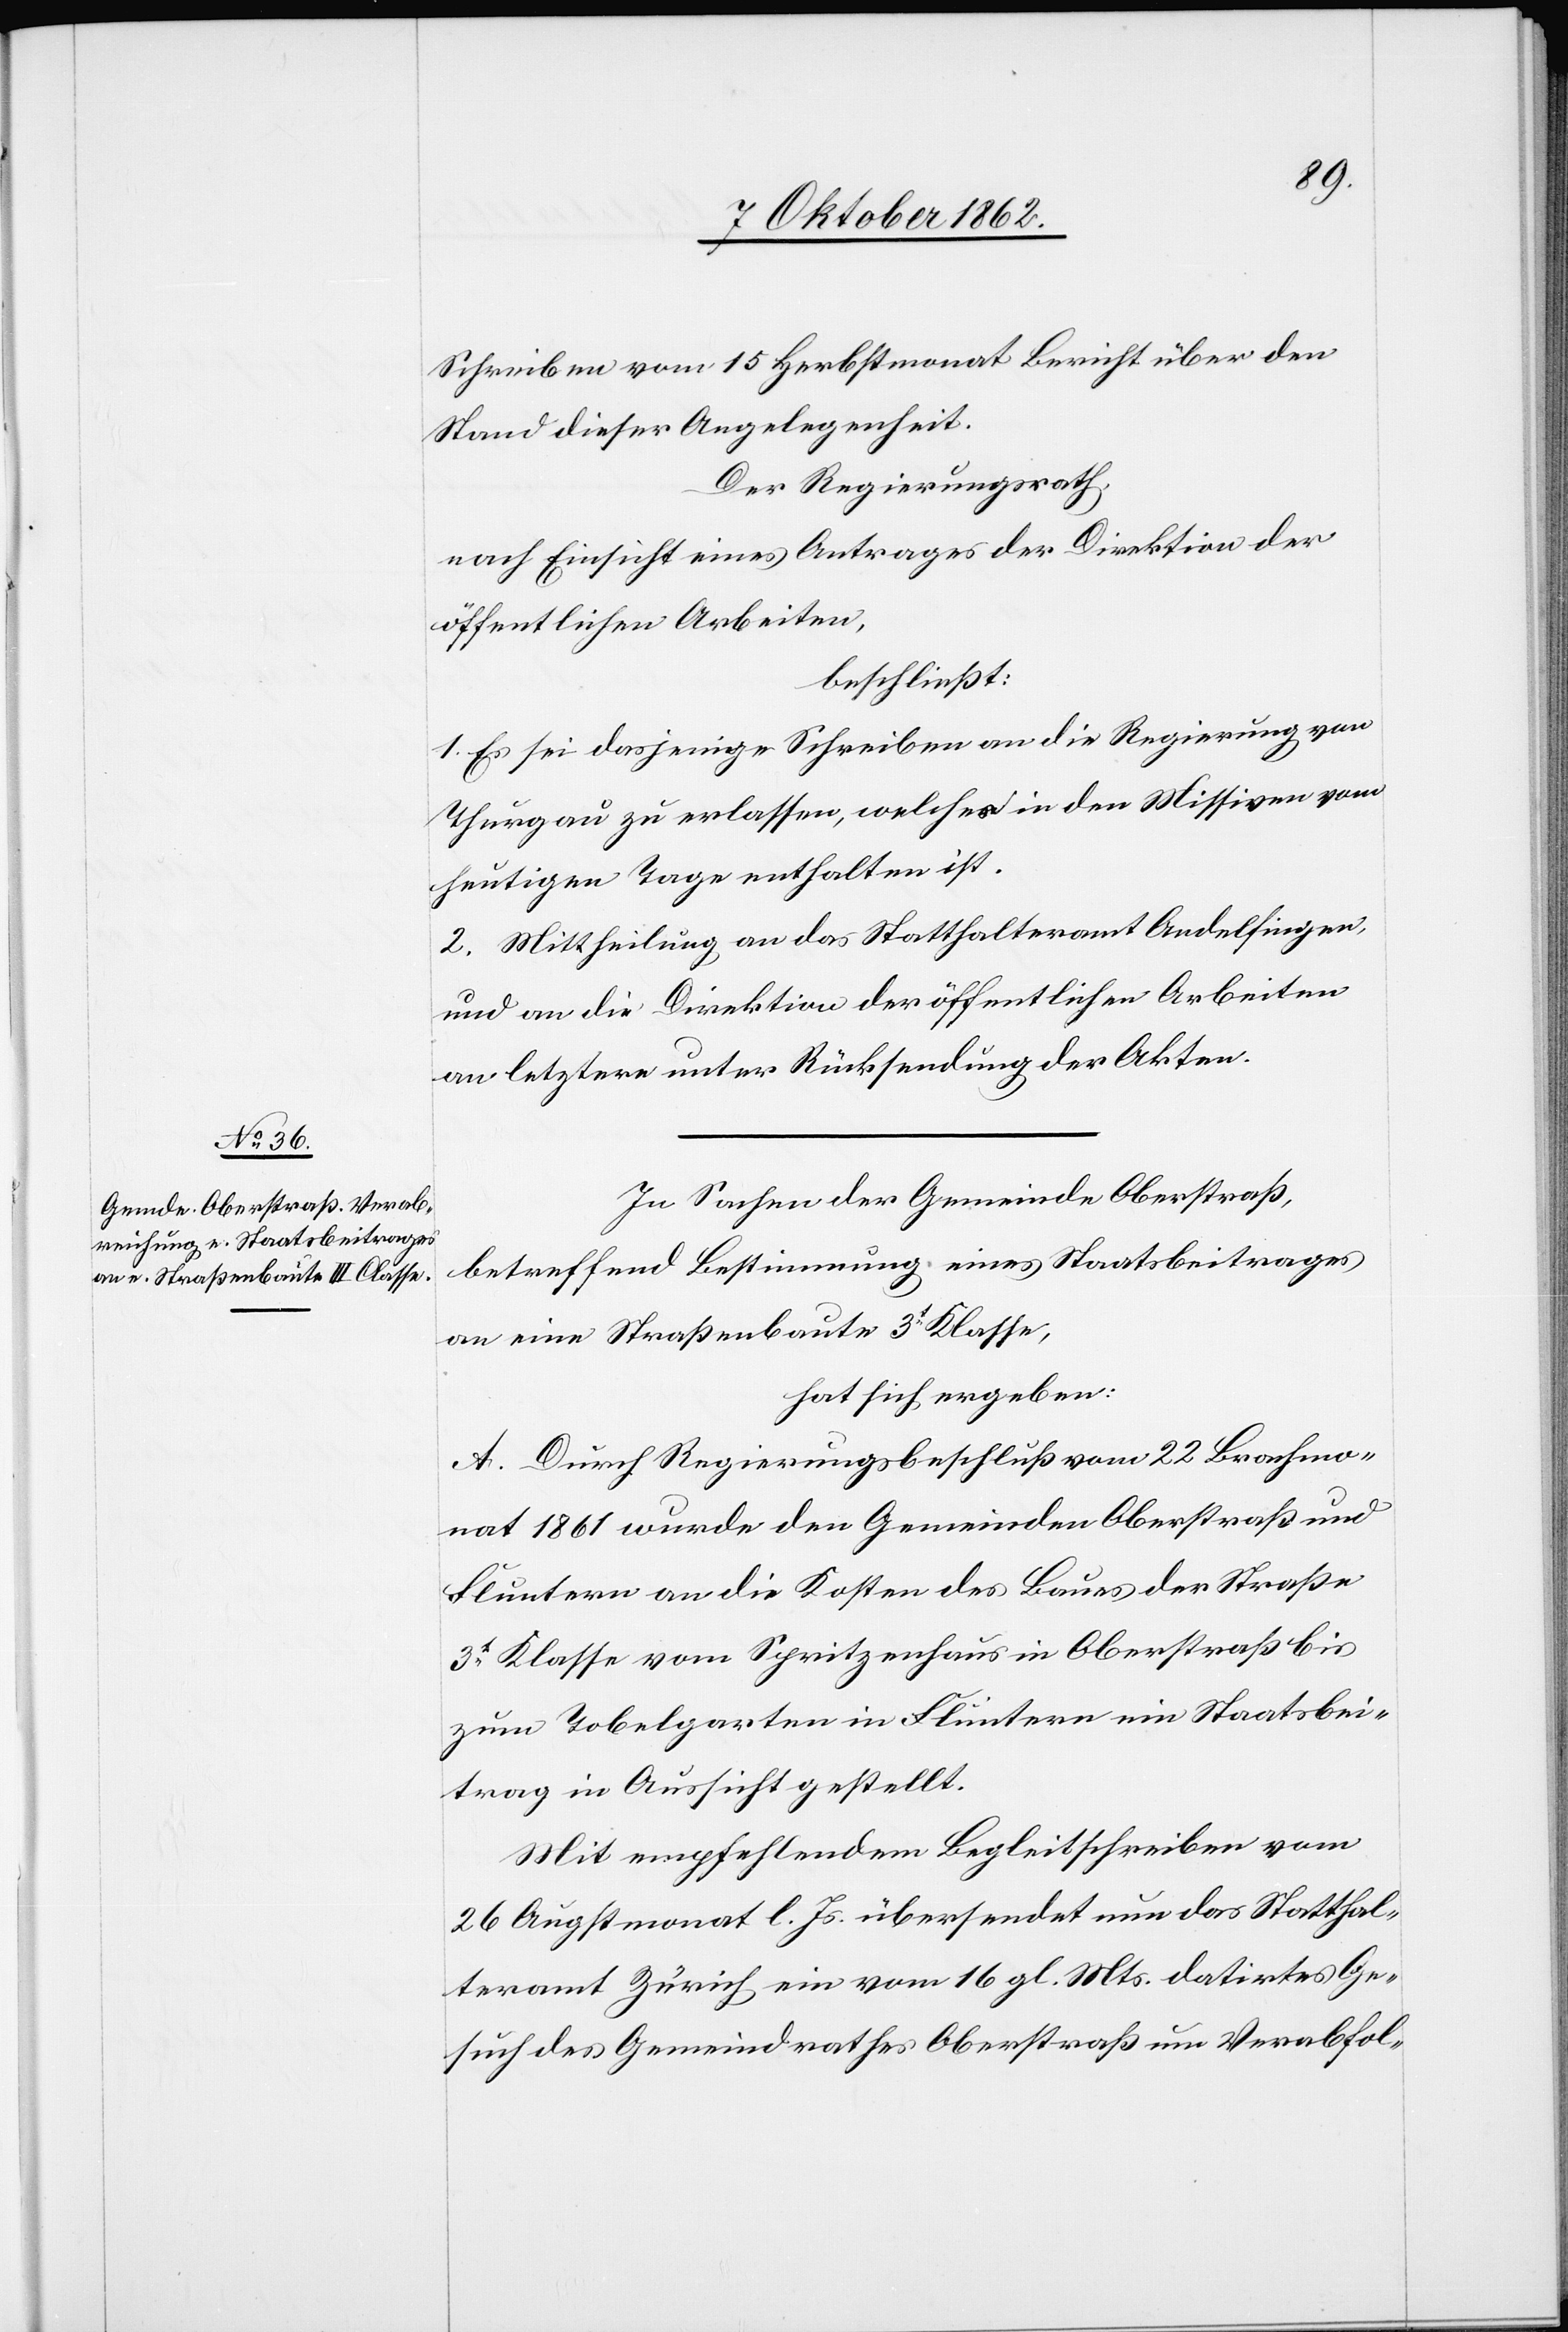
Schreiben vom 15. Herbstmonat Bericht über den
Stand dieser Angelegenheit.
Der Regierungsrath,
nach Einsicht eines Antrages der Direktion der
öffentlichen Arbeiten,
beschließt:
1. Es sei dasjenige Schreiben an die Regierung von
Thurgau zu erlassen, welches in den Missiven vom
heutigen Tage enthalten ist.
2. Mittheilung an das Statthalteramt Andelfingen,
und an die Direktion der öffentlichen Arbeiten
an letztere unter Rückstellung der Akten.
In Sachen der Gemeinde Oberstraß,
betreffend Bestimmung eines Staatsbeitrages
an eine Straßenbaute 3t Klasse,
hat sich ergeben:
A. Durch Regierungsbeschluß vom 22. Brachmo¬
nat 1861 wurde den Gemeinden Oberstraß und
Fluntern an die Kosten des Baues der Straße
3t Klasse vom Spritzenhaus in Oberstraß bis
zum Tobelgarten in Fluntern ein Staatsbei¬
trag in Aussicht gestellt.
Mit empfehlendem Begleitschreiben vom
26. Augstmonat l. Js. übersendet nun das Statthal¬
teramt Zürich ein vom 16. gl. Mts. datirtes Ge¬
such des Gemeindrathes Oberstraß um Verabfol-